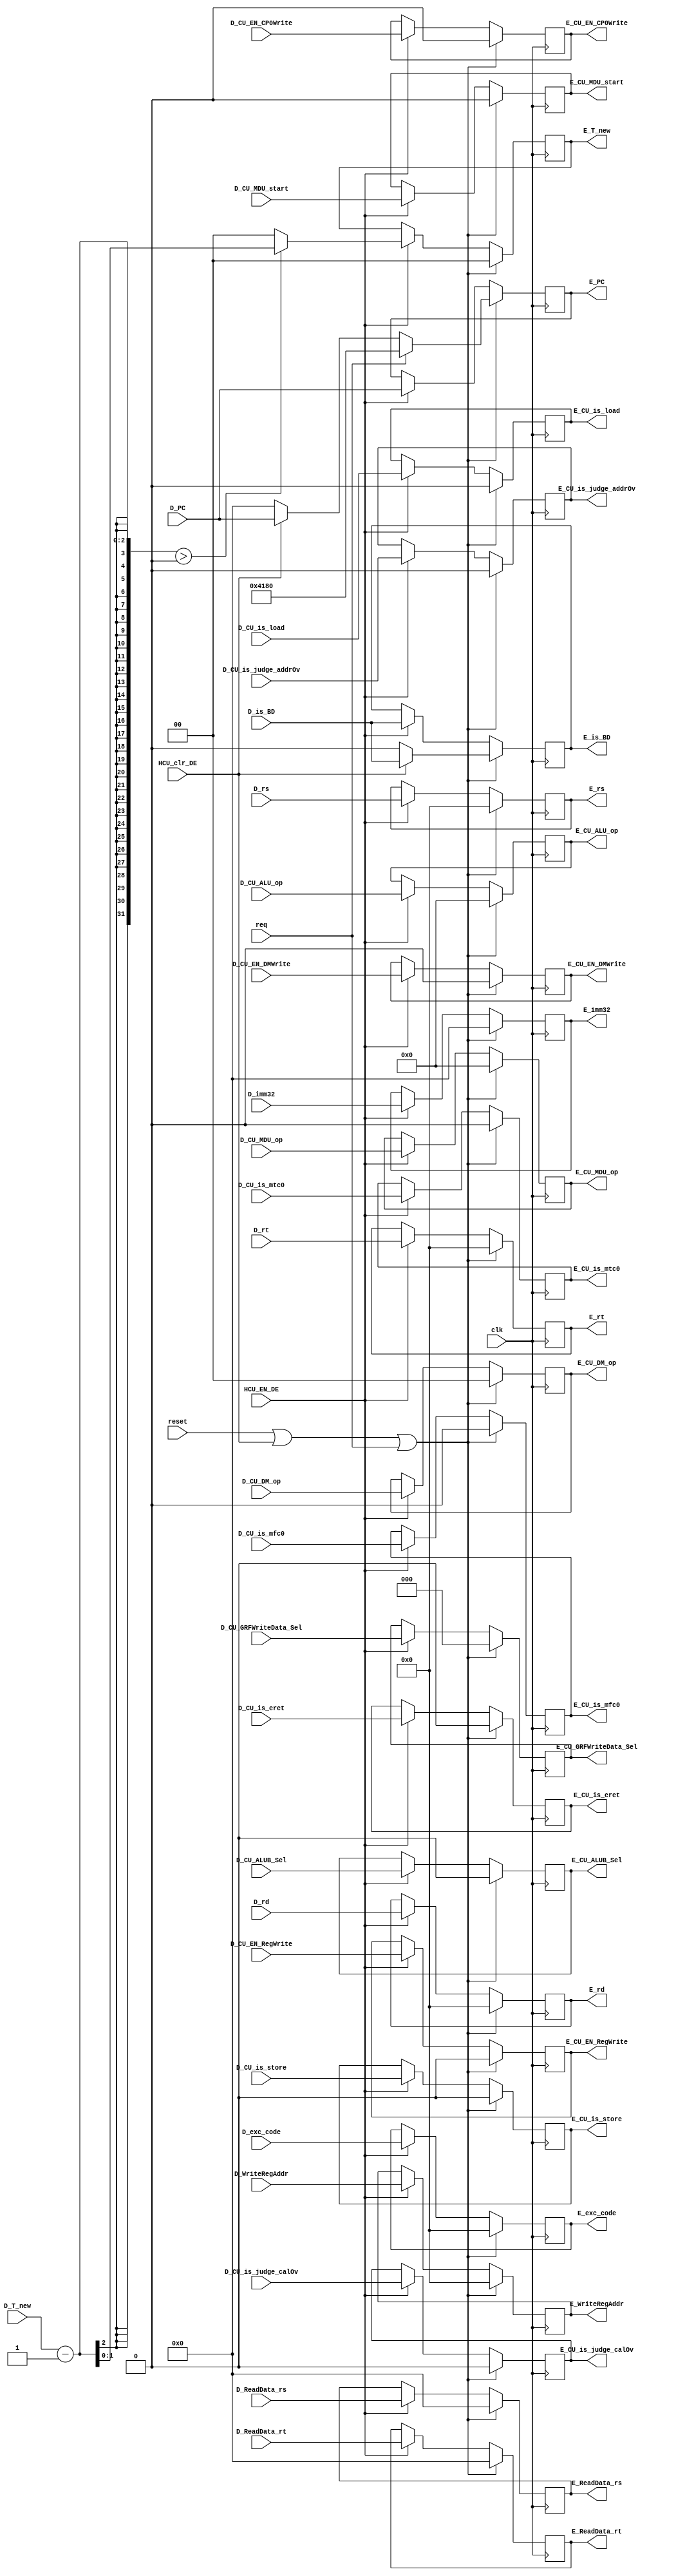
`timescale 1ns / 1ps
//-------------------------------------------------------------------------------------------


//--------------------------------------------------------------------------------------------------------
module D_E (
    input clk,
    input reset,
    input HCU_EN_DE,
    input HCU_clr_DE,
    input req,
    input [31:0] D_ReadData_rs,
    input [31:0] D_ReadData_rt,
    input [4:0] D_rt,
    input [4:0] D_rs,
    input [4:0] D_WriteRegAddr,
    input [31:0] D_imm32,
    input [31:0] D_PC,
    input [3:0] D_CU_ALU_op,
    input [1:0] D_CU_DM_op,
    input D_CU_EN_RegWrite,
    input D_CU_EN_DMWrite,
    input D_CU_ALUB_Sel,
    input [2:0] D_CU_GRFWriteData_Sel,
    input [1:0] D_T_new,
    input [3:0] D_CU_MDU_op,
    input D_CU_MDU_start, 
    input D_CU_is_mtc0,
    input D_CU_EN_CP0Write,
    input D_CU_is_mfc0,
    input D_CU_is_eret,
    input [4:0] D_rd,
    input D_CU_is_judge_calOv,
    input D_CU_is_judge_addrOv,
    input D_CU_is_store,
    input D_CU_is_load,  
    input [4:0] D_exc_code,
    input D_is_BD,

    output reg [31:0] E_ReadData_rs,
    output reg [31:0] E_ReadData_rt,
    output reg [4:0] E_rt,
    output reg [4:0] E_rs,
    output reg [4:0] E_WriteRegAddr,
    output reg [31:0] E_imm32,
    output reg [31:0] E_PC,
    output reg [3:0] E_CU_ALU_op,
    output reg [1:0] E_CU_DM_op,
    output reg E_CU_EN_RegWrite,
    output reg E_CU_EN_DMWrite,
    output reg E_CU_ALUB_Sel,
    output reg [2:0] E_CU_GRFWriteData_Sel,
    output reg [1:0] E_T_new,
    output reg [3:0] E_CU_MDU_op,
    output reg E_CU_MDU_start,
    output reg E_CU_is_mtc0,
    output reg E_CU_EN_CP0Write,
    output reg E_CU_is_mfc0,
    output reg E_CU_is_eret,
    output reg [4:0] E_rd,
    output reg E_CU_is_judge_calOv,
    output reg E_CU_is_judge_addrOv,
    output reg E_CU_is_store,
    output reg E_CU_is_load,
    output reg [4:0] E_exc_code,
    output reg E_is_BD
    );
//-----------------------------------------------------------------------------------------------------------------


//E_reg-------------------------------------------------------------------------------------------
    always @(posedge clk) begin
        if (reset | HCU_clr_DE | req) begin
            E_ReadData_rs <= 32'H0000_0000;
            E_ReadData_rt <= 32'H0000_0000;
            E_rt <= 5'b00000;
            E_rs <= 5'b00000;
            E_WriteRegAddr <= 5'b00000;
            E_imm32 <= 32'H0000_0000;
            E_PC <= (req) ? 32'H0000_4180 : 
                    (HCU_clr_DE) ? D_PC :
                                   32'H0000_0000;
            E_CU_ALU_op <= 4'b0000;
            E_CU_DM_op <= 2'b00;
            E_CU_EN_RegWrite <= 1'b0;
            E_CU_EN_DMWrite <= 1'b0;
            E_CU_ALUB_Sel <= 1'b0;
            E_CU_GRFWriteData_Sel <= 3'b000;
            E_T_new <= 2'b00;
            E_CU_MDU_op <= 4'b0000;
            E_CU_MDU_start <= 1'b0; 
            E_CU_is_mtc0 <= 1'b0;
            E_CU_EN_CP0Write <= 1'b0;
            E_CU_is_mfc0 <= 1'b0;
            E_CU_is_eret <= 1'b0;
            E_rd <= 5'b00000;
            E_CU_is_judge_calOv <= 1'b0;
            E_CU_is_judge_addrOv <= 1'b0;
            E_CU_is_store <= 1'b0;
            E_CU_is_load <= 1'b0;
            E_exc_code <= 5'b00000;
            E_is_BD <= (HCU_clr_DE) ? D_is_BD : 1'b0;
        end
        else begin
            if (HCU_EN_DE) begin
                E_ReadData_rs <= D_ReadData_rs;
                E_ReadData_rt <= D_ReadData_rt;
                E_rt <= D_rt;
                E_rs <= D_rs;
                E_WriteRegAddr<= D_WriteRegAddr;
                E_imm32 <= D_imm32;
                E_PC <= D_PC;
                E_CU_ALU_op <= D_CU_ALU_op;
                E_CU_DM_op <= D_CU_DM_op;
                E_CU_EN_RegWrite <= D_CU_EN_RegWrite;
                E_CU_EN_DMWrite <= D_CU_EN_DMWrite;
                E_CU_ALUB_Sel <= D_CU_ALUB_Sel;
                E_CU_GRFWriteData_Sel <= D_CU_GRFWriteData_Sel;
                E_T_new <= (D_T_new - 1 > 0) ? (D_T_new - 1) : 0;
                E_CU_MDU_op <= D_CU_MDU_op;
                E_CU_MDU_start <= D_CU_MDU_start;  
                E_CU_is_mtc0 <= D_CU_is_mtc0;      
                E_CU_EN_CP0Write <= D_CU_EN_CP0Write;
                E_CU_is_mfc0 <= D_CU_is_mfc0;
                E_CU_is_eret <= D_CU_is_eret;
                E_rd <= D_rd;
                E_CU_is_judge_calOv <= D_CU_is_judge_calOv;
                E_CU_is_judge_addrOv <= D_CU_is_judge_addrOv;
                E_CU_is_store <= D_CU_is_store;
                E_CU_is_load <= D_CU_is_load;
                E_exc_code <= D_exc_code;
                E_is_BD <= D_is_BD;
            end
        end
    end
//--------------------------------------------------------------------------------------------------



endmodule